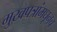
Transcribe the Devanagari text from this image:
मुखपत्रांमधूनच